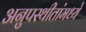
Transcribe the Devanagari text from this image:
अनुपस्थीतांमध्ये